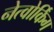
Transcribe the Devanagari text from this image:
नेत्वोर्किंग